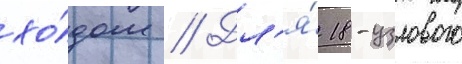
хо́дом // Дл'я́ 18-узлового